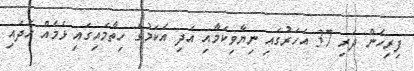
ފިރިހެން ދަރި 37 އަހަރުގައި ނިޔާވިކަމާއި އަދި އެކަމުގެ ހިތާމައިގައި ޅެމެއް ހަދައި